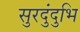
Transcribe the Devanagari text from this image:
सुरदुंदुभि